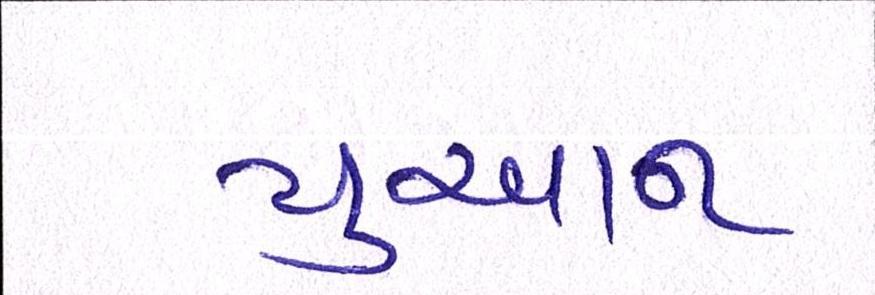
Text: યુઆન